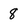
Character: 8